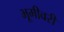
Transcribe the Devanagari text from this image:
भूमीवरी